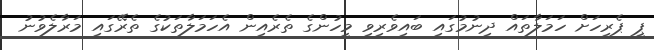
ޕީ ޕެރިހަށް ހަމަލާތައް ދިނުމުގައި ބައިވެރިވި މީހުންގެ ތެރެއިން އެހަމަލާތަކުގެ ތެރޭގައި މަރާލެވުނު